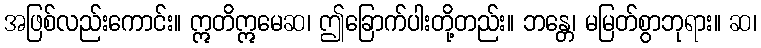
အဖြစ်လည်းကောင်း။ ဣတိဣမေဆ၊ ဤခြောက်ပါးတို့တည်း။ ဘန္တေ၊ မမြတ်စွာဘုရား။ ဆ၊